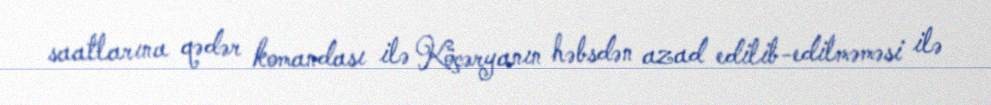
saatlarına qədər komandası ilə Köçəryanın həbsdən azad edilib-edilməməsi ilə